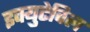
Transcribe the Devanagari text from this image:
इक्युटेविल